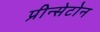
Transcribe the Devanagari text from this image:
प्रीन्सेटोन